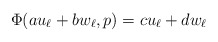
\begin{align*}\Phi(au_\ell + b w_\ell, p) = c u_\ell + d w_\ell\end{align*}